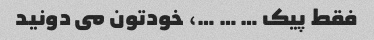
فقط پیک … … …، خودتون مى دونید